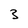
Character: 3